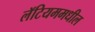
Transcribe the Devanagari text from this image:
लॅटियममधील